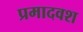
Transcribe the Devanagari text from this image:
प्रमादवश